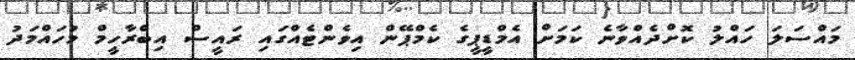
މައްސަލަ ހައްލު ކޮށްދެއްވާނެ ކަމަށް އެމްޑީޕީގެ ކެމްޕޭން އިވެންޓެއްގައި ރައީސް އިބްރާހީމް މުހައްމަދު